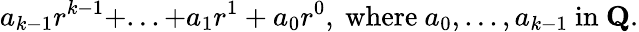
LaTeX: a_{k-1}r^{k-1}+...+a_{1}r^{1}+a_{0}r^{0},{\mathrm{~where~}}a_{0},...,a_{k-1}{\mathrm{~in~}}\mathbf{Q}.